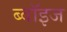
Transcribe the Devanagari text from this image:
ब्वॉइज